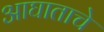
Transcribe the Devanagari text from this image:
आघाताचे